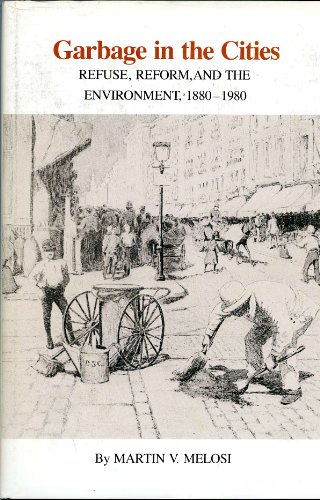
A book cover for Garbage in the Cities: Refuse, Reform, and the Environment : 1880-1980 (Environmental history series); Martin V. Melosi; Science & Math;